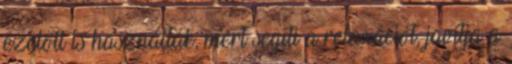
ezelőtt is használták, mert segíti a relaxációt, javítja a